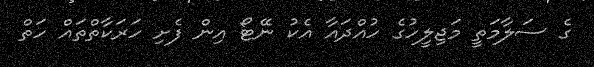
ގެ ސަލާމަތީ މަޖިލީހުގެ ހުއްދައާ އެކު ނޭޓޯ އިން ފެށި ހަރަކާތްތައް ހަތް